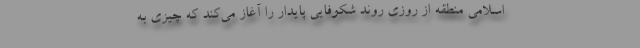
اسلامی منطقه از روزی روند شکوفایی پایدار را آغاز می‌کند که چیزی به